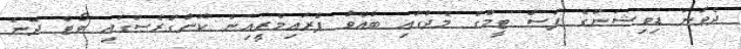
ދެވަނަ ޑިވިޝަންގެ ފަސް ޓީމްގެ މެދުގައި ބާއްވާ ޕްރައިމެރީއިން ކޮންގްރެސްގައި ވޯޓް ދޭނެ